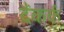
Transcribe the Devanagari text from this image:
दैंकर्क